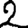
Digit: 2